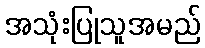
အသုံးပြုသူအမည်